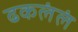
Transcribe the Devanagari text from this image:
ढकलंलं